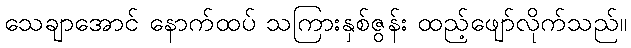
သေချာအောင် နောက်ထပ် သကြားနှစ်ဇွန်း ထည့်ဖျော်လိုက်သည်။